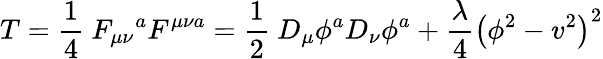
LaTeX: T=\frac{1}{4}\ F_{\mu\nu}\mathrm{}^{a}F^{\mu\nu a}=\frac{1}{2}\ D_{\mu}\phi^{a}D_{\nu}\phi^{a}+\frac{\lambda}{4}\left(\phi^{2}-v^{2}\right)^{2}